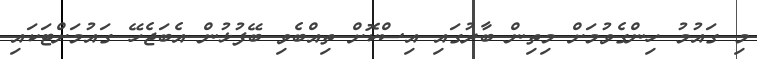
މި ގައުމު ހިންގެވުމަށް މިތިން ބާރުގައި އިސްކޮށް ތިއްބެވި ބޭފުޅުން އެބަޖެހޭ ގައުމަށްޓަކައި